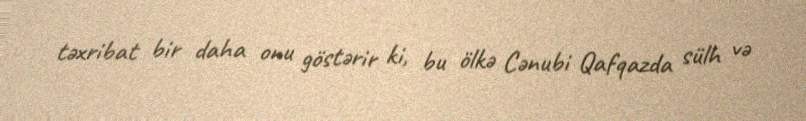
təxribat bir daha onu göstərir ki, bu ölkə Cənubi Qafqazda sülh və